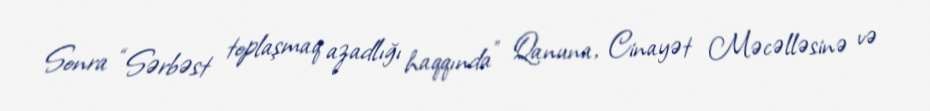
Sonra “Sərbəst toplaşmaq azadlığı haqqında” Qanuna, Cinayət Məcəlləsinə və